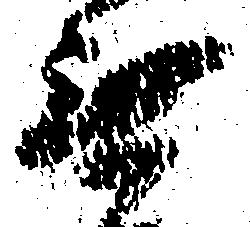
無